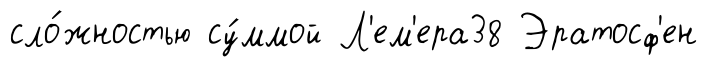
сло́жностью су́ммой Л'ем'ера38 Эратосф'ен